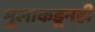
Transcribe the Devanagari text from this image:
मुलाकडूनही